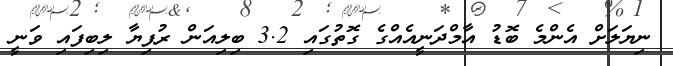
ނިޔަލަށް އެންމެ ބޮޑު އާމްދަނީއެއްގެ ގޮތުގައި 3.2 ބިލިއަން ރުފިޔާ ލިބިފައި ވަނީ